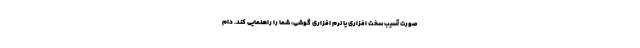
صورت آسیب سخت افزاری یا نرم افزاری گوشی، شما را راهنمایی کند. دام